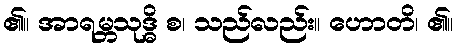
၏။ အာရမ္ဘသုဒ္ဓိ စ၊ သည်လည်း။ ဟောတိ၊ ၏။